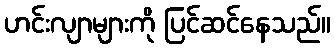
ဟင်းလျာများကို ပြင်ဆင်နေသည်။